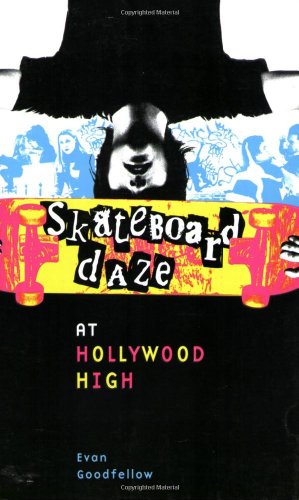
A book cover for Skateboard Daze at Hollywood High; Evan Goodfellow; Sports & Outdoors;